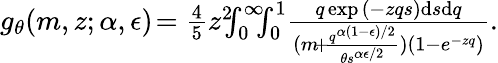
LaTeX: \begin{array}{r}{g_{\theta}(m,z;\alpha,\epsilon)\! =\frac{4}{5}z^{2}\! \! \! \int_{0}^{\infty}\! \! \! \int_{0}^{1}\! \frac{q\exp{(-zqs)}\mathrm{d}s\mathrm{d}q}{(m\! +\! \frac{q^{\alpha(1-\epsilon)/2}}{\theta s^{\alpha\epsilon/2}})(1-e^{-zq})}.}\end{array}